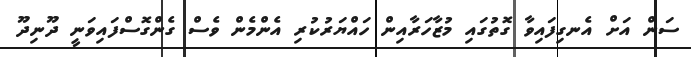
ސަން އަށް އެނގިފައިވާ ގޮތުގައި މުޒާހަރާއިން ހައްޔަރުކުރި އެންމެން ވެސް ގެންގޮސްފައިވަނީ ދޫނިދޫ